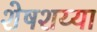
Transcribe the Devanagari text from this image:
शेषशय्या